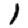
Digit: 1